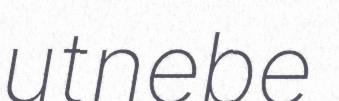
utnebe